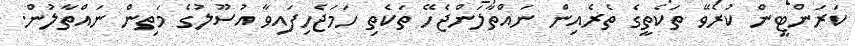
ކަރަންޓީން ކުރެވޭ ތަކެތީގެ ތެރެއިން ނައްތާލަންޖެހޭ ތަކެތި ހަމަޖެހިފައިވާ އުސޫލުގެ މަތިން ނައްތާލުން.